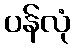
ပန်လုံ